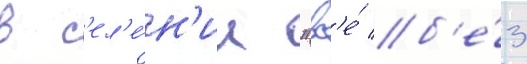
в с'ел'е́н'ии "вс'е́ б'е́з